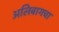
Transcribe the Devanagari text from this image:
अलिबागचा